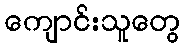
ကျောင်းသူတွေ